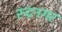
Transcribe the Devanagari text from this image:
रुद्रनगर